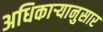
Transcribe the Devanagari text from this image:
अधिकाऱ्यानुसार